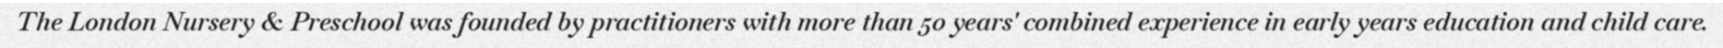
The London Nursery & Preschool was founded by practitioners with more than 50 years' combined experience in early years education and child care.